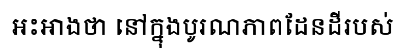
អះអាងថា នៅក្នុងបូរណភាពដែនដីរបស់